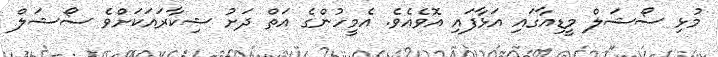
މުޅި ސޯޝަލް މީޑިއާގައި އަޅާފައި އޮވެއެވެ. އެމީހުންގެ އަތް ދަށު ޝިކާރައަކަށްވެ ސޯޝަލް